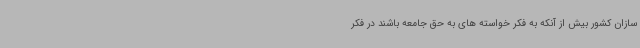
سازان کشور بیش از آنکه به فکر خواسته های به حق جامعه باشند در فکر